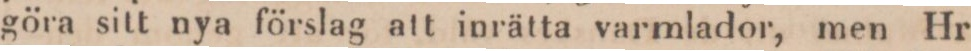
göra sitt nya förslag att inrätta varmlador, men Hr